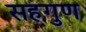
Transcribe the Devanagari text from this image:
सहगुण